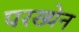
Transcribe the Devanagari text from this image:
परख्येन